Report of the Hyderabad Chloroform Commission
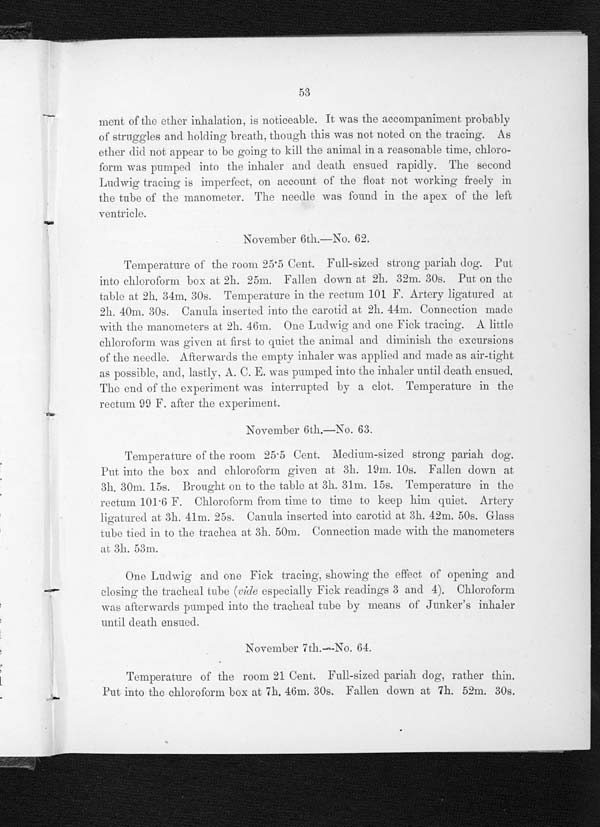
52
Observations.
A. 10h. 28m. 0s.—Smothering with an empty inhaler. The. irregular
fall of pressure due to asphyxia, and to asphyxia combined with chloro-
form, is seen in Fick readings 1 and 2.
B. 10h. 32m. 5s.—Chloroform pumped into the air-tight inhaler.
Fick 3 shows the very rapid fall of pressure due to vagus stimulation in an
animal. already partially asphyxiated, and how quickly chloroform-poison-
ing and paralysis of the respiratory centre occurs under these circum-
stances. From Fick 3 and the absence of pulse it was thought by every-
body present that the heart had altogether stopped, simultaneously with
the respiration, at 10h. 33m. 0s., but when the thorax was opened at 10h.
36m. 30s., three minutes and-a-half alter the breathing stopped, the heart
w a s
f o u n d t o b e b e a t i n g v i g o r o u s l y , a n d i t c o n t i n u e d t o d o s ot
i l l 1 0 h .
3 9 m . 5 0 s . , n e a r l y s e v e n m i n u t e s a f t e r t h e c e s s a t i o n o f r e s p i r a t i o n ,
Experiment No. 60 affords an excellent example of the remarkable slow-
ing and even temporary cessation of the heart's action. which occurred again
and again. throughout. the Commission's enquiry at the same moment as the
respiration stopped. The heart always recovered itself and began to beat re-
gularly again before any steps were taken to restore the animal and without
any respiration taking place. (Vide Experiments Nos. 49. 162 and 178, and
compare with 60). The failure of the heart, if such it can be called, instead of
being a danger to the animal, is a safe-guard by preventing the absorption of
residual. chloroform from the lungs and its distribution through the system. If
the arrest of the heart in these experiments is due, as it appears to be, to
v a g u s s t i m u l a t i o n , t h e r e i s n o d o u b t t h a t t h e i n h i b i t i n g a c t i o n b e n e f i t s t h e
organ and, besides resting it, acts on it as a tonic.
November 6th.—No. 61.
Temperature of room 24 Cent. Full-sized pariah dog. Put into the
chloroform box at 10h. 42m. Fallen down at 10h. 55m. 30s. Placed On the
table at 10h. 57m. 45s. Temperature in the rectum 99.2 F. Artery ligatured
at 11h. 4m. A little chloroform given at 11h. 9m. Connection made with the
manometers at 11h. 10m. 15s. Temperature after death 98.2 F. Two Ludwig
and two Fick tracing's showing the effect of giving ether to an asphyxiated
animal. The extraordinary tall of pressure, which occurred at the commence-